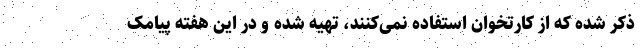
ذکر شده که از کارتخوان استفاده نمی‌کنند، تهیه شده و در این هفته پیامک